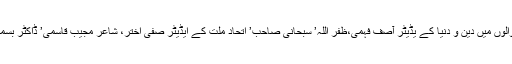
اس کے علاوہ دیگر اظہار خیال کرنے والوں میں دین و دنیا کے یڈیٹر آصف فہمی،ظفر اللہ’ سبحانی صاحب’ اتحاد ملت کے ایڈیٹر صفی اختر، شاعر مجیب قاسمی’ ڈاکٹر بسمل عارفی اور دیگر حضرات شامل تھے۔